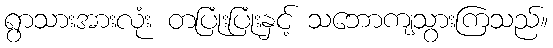
ရွာသားအားလုံး တပြုံးပြုံးနှင့် သဘောကျသွားကြသည်။